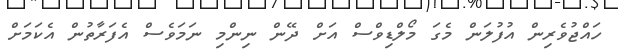
ހައްޖުވެރިން އުފުލަން މެގަ މޯލްޑިވްސް އަށް ދޭން ނިންމި ނަމަވެސް އެފަރާތުން އެކަމަށް